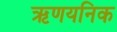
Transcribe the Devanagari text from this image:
ऋणयनिक